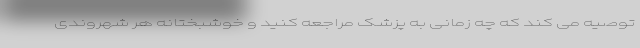
توصیه می کند که چه زمانی به پزشک مراجعه کنید و خوشبختانه هر شهروندی